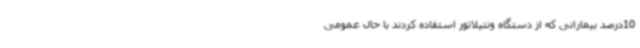
10درصد بیمارانی که از دستگاه ونتیلاتور استفاده کردند با حال عمومی